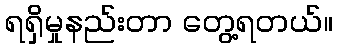
ရရှိမှုနည်းတာ တွေ့ရတယ်။